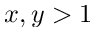
x , y > 1